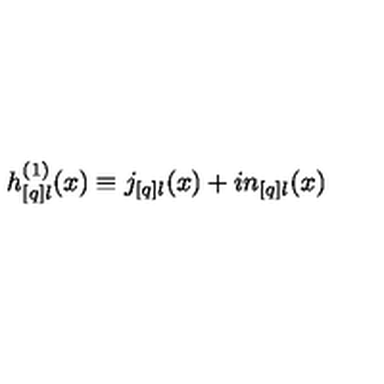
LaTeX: h _ { [ q ] l } ^ { ( 1 ) } ( x ) \equiv j _ { [ q ] l } ( x ) + i n _ { [ q ] l } ( x )